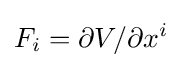
F_{i}=\partial V/\partial x^{i}